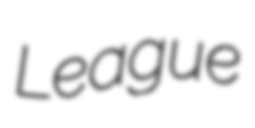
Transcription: League